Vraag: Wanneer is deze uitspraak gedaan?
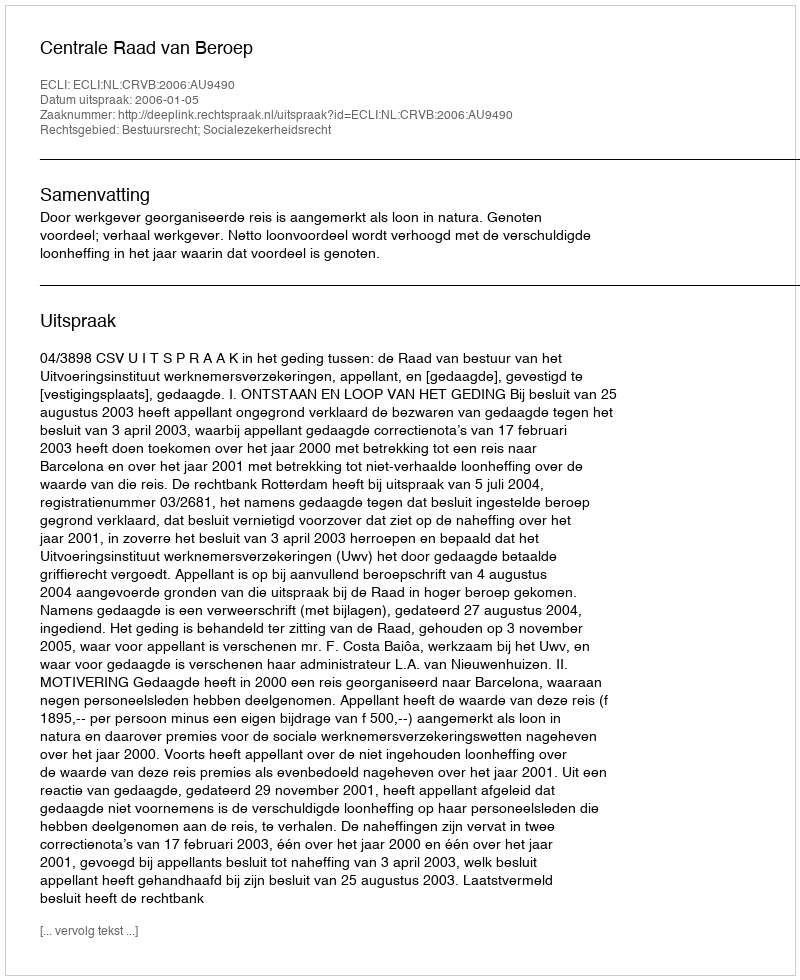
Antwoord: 2006-01-05